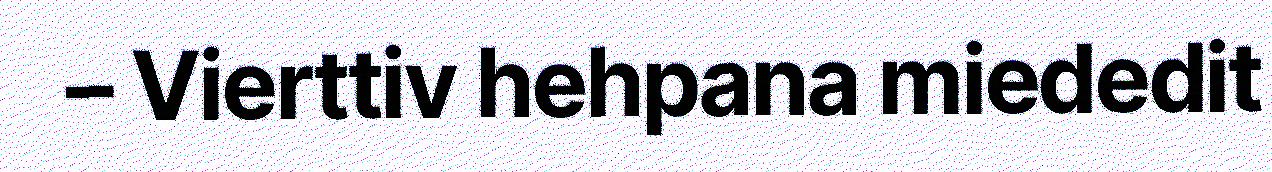
– Vierttiv hehpana miededit